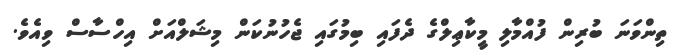
ތިންވަނަ ބުރިން ފުއްމާލި މީކާޢިލްގެ ދެފައި ބިމުގައި ޖެހުނުކަން މިޝަލްއަށް އިހްސާސް ވިއެވެ.